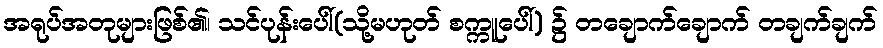
အရုပ်အတုများဖြစ်၏၊ သင်ပုန်းပေါ်(သို့မဟုတ် စက္ကူပေါ်) ၌ တချောက်ချောက် တချက်ချက်